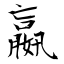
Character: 嬴